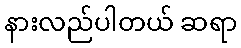
နားလည်ပါတယ် ဆရာ